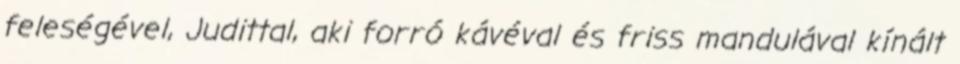
feleségével, Judittal, aki forró kávéval és friss mandulával kínált